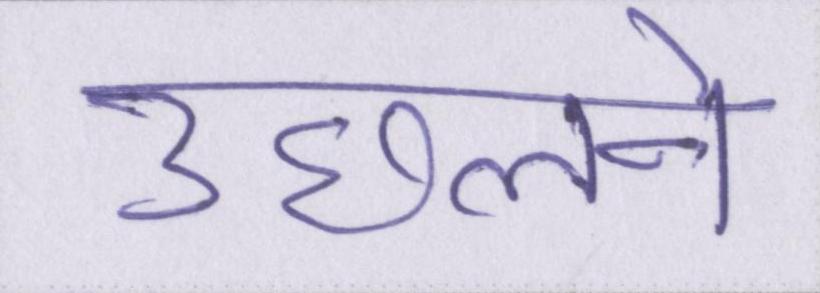
उछलने